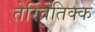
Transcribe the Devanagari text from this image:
तेरिवेतिक्क